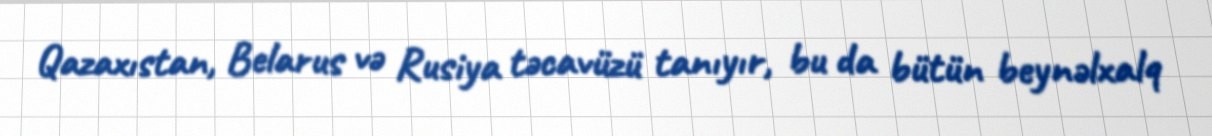
Qazaxıstan, Belarus və Rusiya təcavüzü tanıyır, bu da bütün beynəlxalq